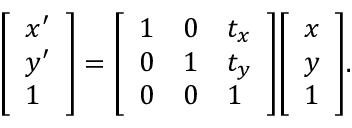
{ \left[ \begin{array} { l } { x ^ { \prime } } \\ { y ^ { \prime } } \\ { 1 } \end{array} \right] } = { \left[ \begin{array} { l l l } { 1 } & { 0 } & { t _ { x } } \\ { 0 } & { 1 } & { t _ { y } } \\ { 0 } & { 0 } & { 1 } \end{array} \right] } { \left[ \begin{array} { l } { x } \\ { y } \\ { 1 } \end{array} \right] } .